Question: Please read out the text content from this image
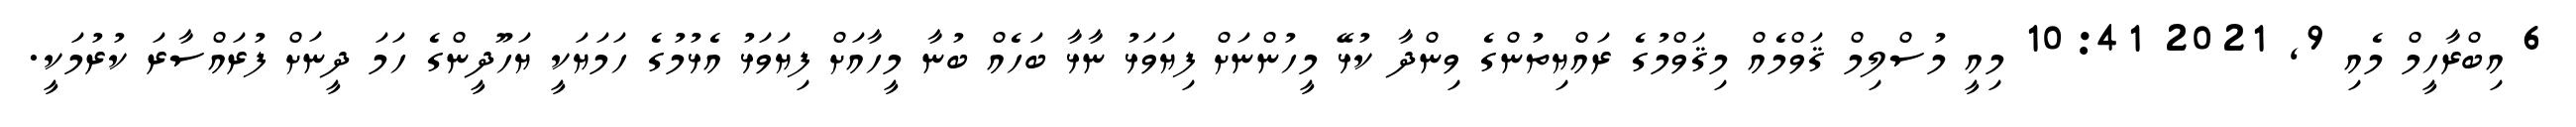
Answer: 6 އިބްރާހީމް މެއި 9, 2021 10:41 މިއީ މުސްލިމް ޤަވްމެއް މިޤަވްމުގެ ރައްޔިތުންގެ ވިންދާ ކުޅޭ މީހުންނަށް ފިޔަވަޅު ނާޅާ ބަހެއް ބުނާ މީހާއަށް ފިޔަވަޅު އެޅުމުގެ ހަމަޔަކީ ޔަހޫދީންގެ ހަމަ ދީނަށް ފުރައްސާރަ ކުރުމަކީ.